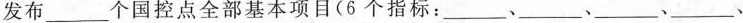
发布___个国控点全部基本项目(6个指标：___、___、___、___、